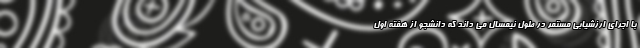
با اجرای ارزشیابی مستمر در طول نیمسال می داند که دانشجو از هفته اول